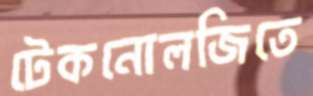
টেকনোলজিতে